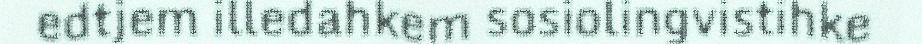
edtjem illedahkem sosiolingvistihke